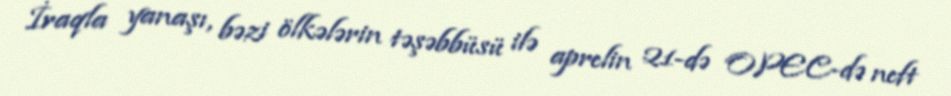
İraqla yanaşı, bəzi ölkələrin təşəbbüsü ilə aprelin 21-də OPEC-də neft